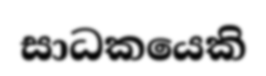
සාධකයෙකි